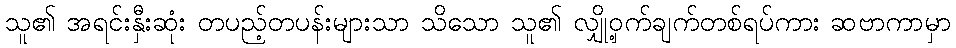
သူ၏ အရင်းနှီးဆုံး တပည့်တပန်းများသာ သိသော သူ၏ လျှို့ဝှက်ချက်တစ်ရပ်ကား ဆဗာကာမှာ